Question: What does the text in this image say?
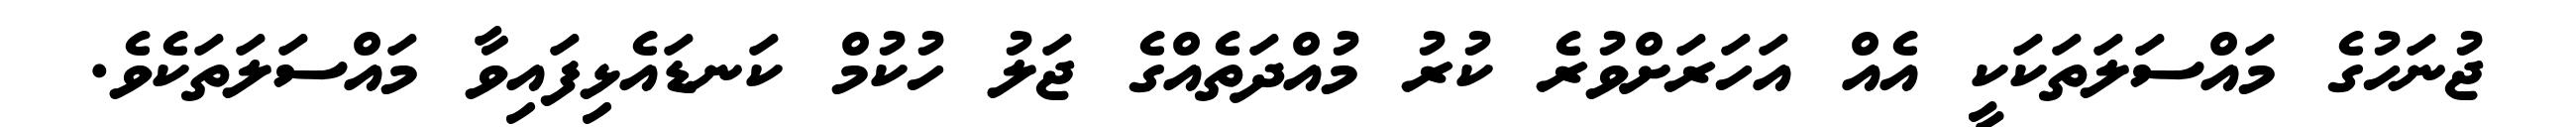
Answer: ޖުނަހުގެ މައްސަލަތަކަކީ އެއް އަހަރަށްވުރެ ކުރު މުއްދަތެއްގެ ޖަލު ހުކުމް ކަނޑައެޅިފައިވާ މައްސަލަތަކެވެ.